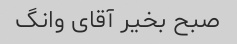
صبح بخیر آقای وانگ